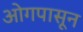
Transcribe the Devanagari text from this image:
ओगपासून